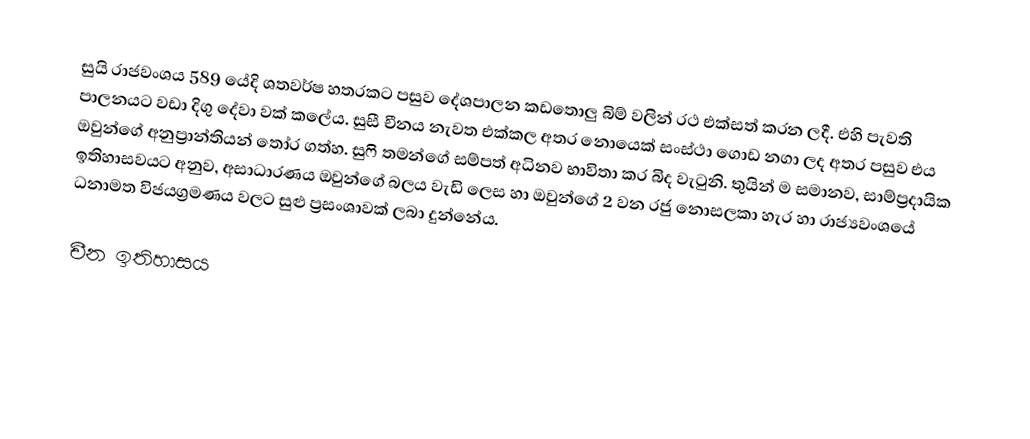
සුයි රාජවංශය 589 යේදි ශතවර්ෂ හතරකට පසුව දේශපාලන කඩතොලු බිම් වලින් රථ එක්සත් කරන ලදී. එහි පැවති පාලනයට වඩා දිගු දේවා වක් කලේය. සුසී චීනය නැවත එක්කල අතර නොයෙක් සංස්ථා ගොඩ නගා ලද අතර පසුව එය ඔවුන්ගේ අනුප්‍රාන්තියන් තෝර ගත්හ. සුෆි තමන්ගේ සම්පත් අධිනව භාවිතා කර බිද වැටුනි. තුයින් ම සමානව, සාම්ප්‍රදායික ඉතිහාසවයට අනුව, අසාධාරණය ඔවුන්ගේ බලය වැඩි ලෙස හා ඔවුන්ගේ 2 වන රජු නොසලකා හැර හා රාජ්‍යවංශයේ ධනාමත විජයග්‍රමණය වලට සුළු ප්‍රසංශාවක් ලබා දුන්නේය.

චීන ඉතිහාසය